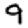
Digit: 9